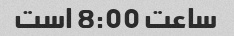
ساعت 8:00 است